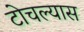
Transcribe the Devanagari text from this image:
टोचल्यास